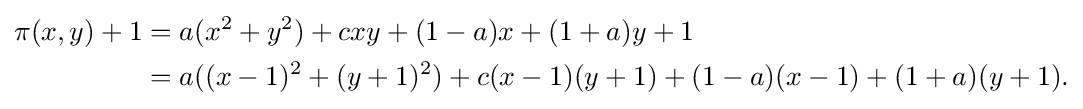
{\begin{aligned}\pi (x,y)+1&=a(x^{2}+y^{2})+cxy+(1-a)x+(1+a)y+1\\&=a((x-1)^{2}+(y+1)^{2})+c(x-1)(y+1)+(1-a)(x-1)+(1+a)(y+1).\end{aligned}}